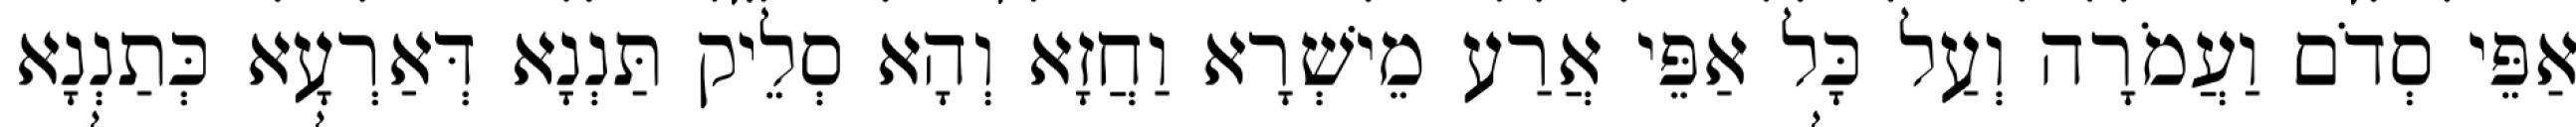
אַפֵּי סְדֹם וַעֲמֹרָה וְעַל כָּל אַפֵּי אֲרַע מֵישְׁרָא וַחֲזָא וְהָא סְלֵיק תַּנְנָא דְּאַרְעָא כְּתַנְנָא